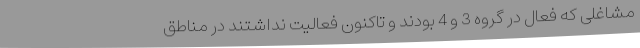
مشاغلی که فعال در گروه 3 و 4 بودند و تاکنون فعالیت نداشتند در مناطق